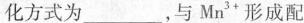
化方式为___，与Mn^{3+}形成配